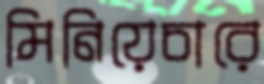
মিনিয়েচারে